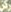
ركن